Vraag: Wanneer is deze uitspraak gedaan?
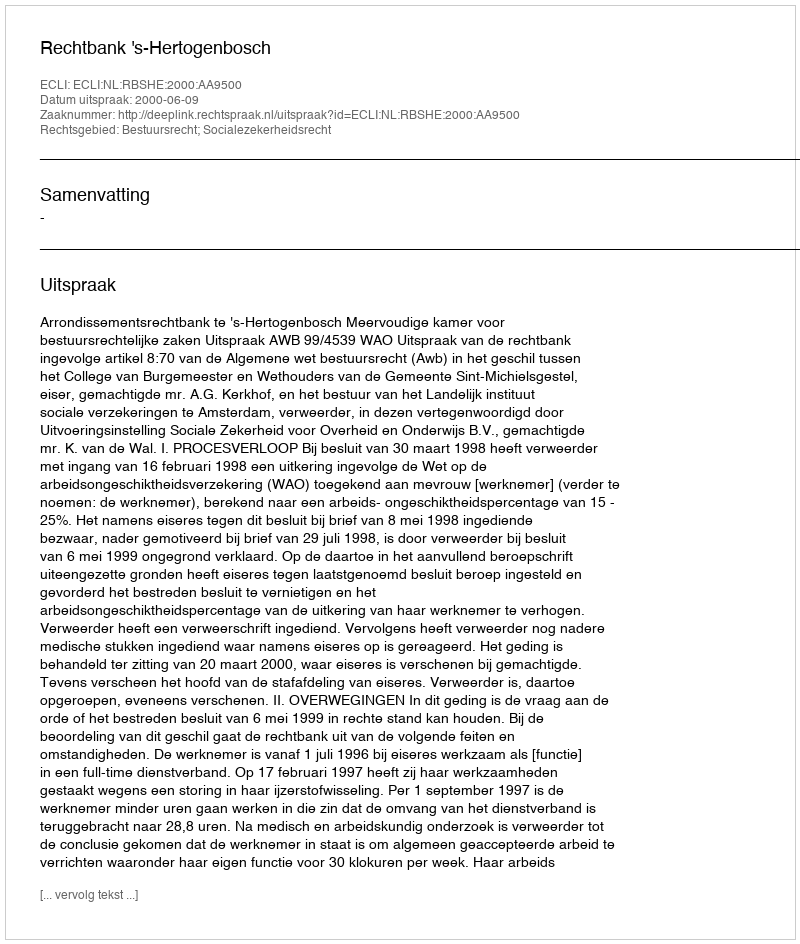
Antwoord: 2000-06-09